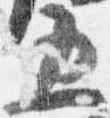
五